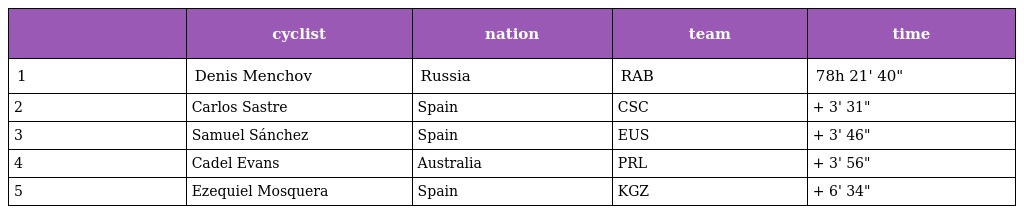
|  | cyclist | nation | team | time |
 | --- | --- | --- | --- | --- |
 | 1 | Denis Menchov | Russia | RAB | 78h 21' 40" |
 | 2 | Carlos Sastre | Spain | CSC | + 3' 31" |
 | 3 | Samuel Sánchez | Spain | EUS | + 3' 46" |
 | 4 | Cadel Evans | Australia | PRL | + 3' 56" |
 | 5 | Ezequiel Mosquera | Spain | KGZ | + 6' 34" |